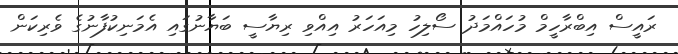
ރައީސް އިބްރާހީމް މުހައްމަދު ސޯލިހު މިއަހަރު އިއްވި ރިޔާސީ ބަޔާނުގައި އެމަނިކުފާނުގެ ވެރިކަން